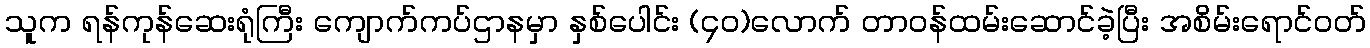
သူက ရန်ကုန်ဆေးရုံကြီး ကျောက်ကပ်ဌာနမှာ နှစ်ပေါင်း (၄၀)လောက် တာဝန်ထမ်းဆောင်ခဲ့ပြီး အစိမ်းရောင်ဝတ်